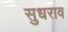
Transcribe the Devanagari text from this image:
सुधराव